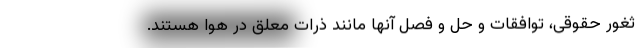
ثغور حقوقی، توافقات و حل و فصلِ آنها مانند ذرات معلّقِ در هوا هستند.